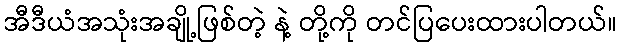
အီဒီယံအသုံးအချို့ဖြစ်တဲ့ နဲ့ တို့ကို တင်ပြပေးထားပါတယ်။